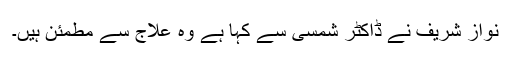
نواز شریف نے ڈاکٹر شمسی سے کہا ہے وہ علاج سے مطمئن ہیں۔